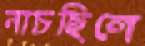
নাচছিলে